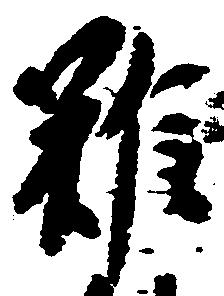
雖